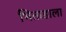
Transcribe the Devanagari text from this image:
भिताडाला